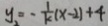
y _ { 2 } = - \frac { 1 } { k } ( x - 2 ) + 4